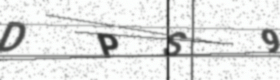
Text: DPS9